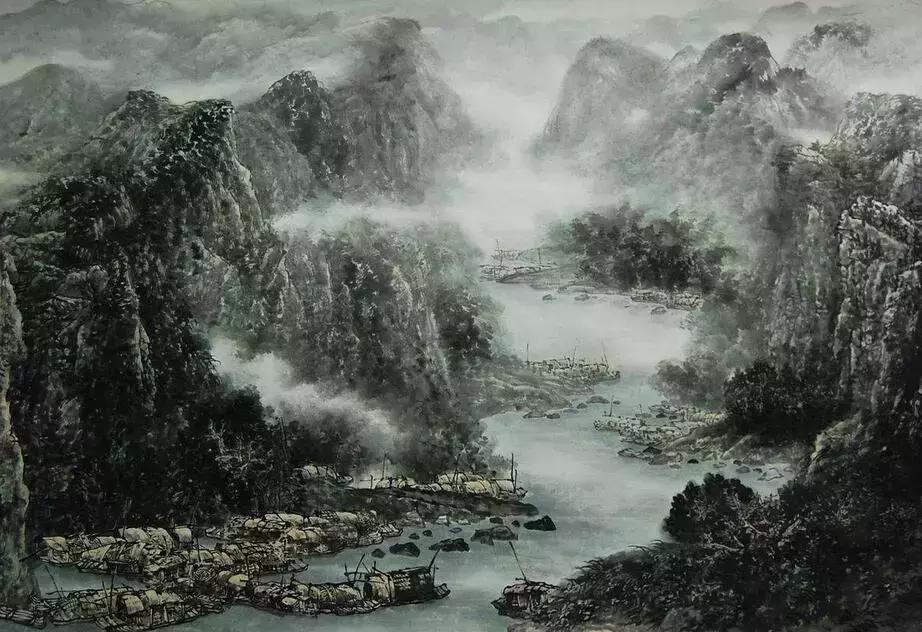
风雨牢愁无著处，那更寒蛩四壁。